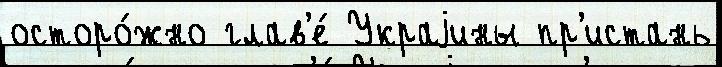
осторо́жно глав'е́ Украjины пр'истань